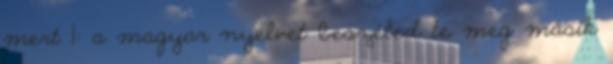
mert 1: a magyar nyelvet beszéled te meg másik